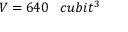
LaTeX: V = 6 4 0 \; \; \; c u b i t ^ { 3 }